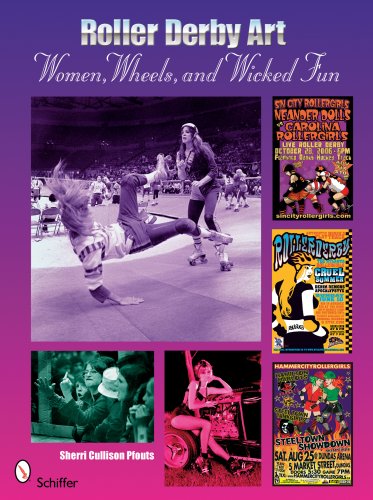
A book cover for Roller Derby Art: Women, Wheels, and Wicked Fun; Sherrie Cullison Pfouts; Sports & Outdoors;